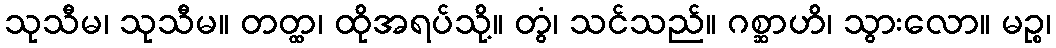
သုသီမ၊ သုသီမ။ တတ္ထ၊ ထိုအရပ်သို့။ တွံ၊ သင်သည်။ ဂစ္ဆာဟိ၊ သွားလော။ မဉ္စ၊